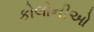
કોલોનીઓ